Vaike-Kopu_(Puiatu)_vallavalitsus, lk 48
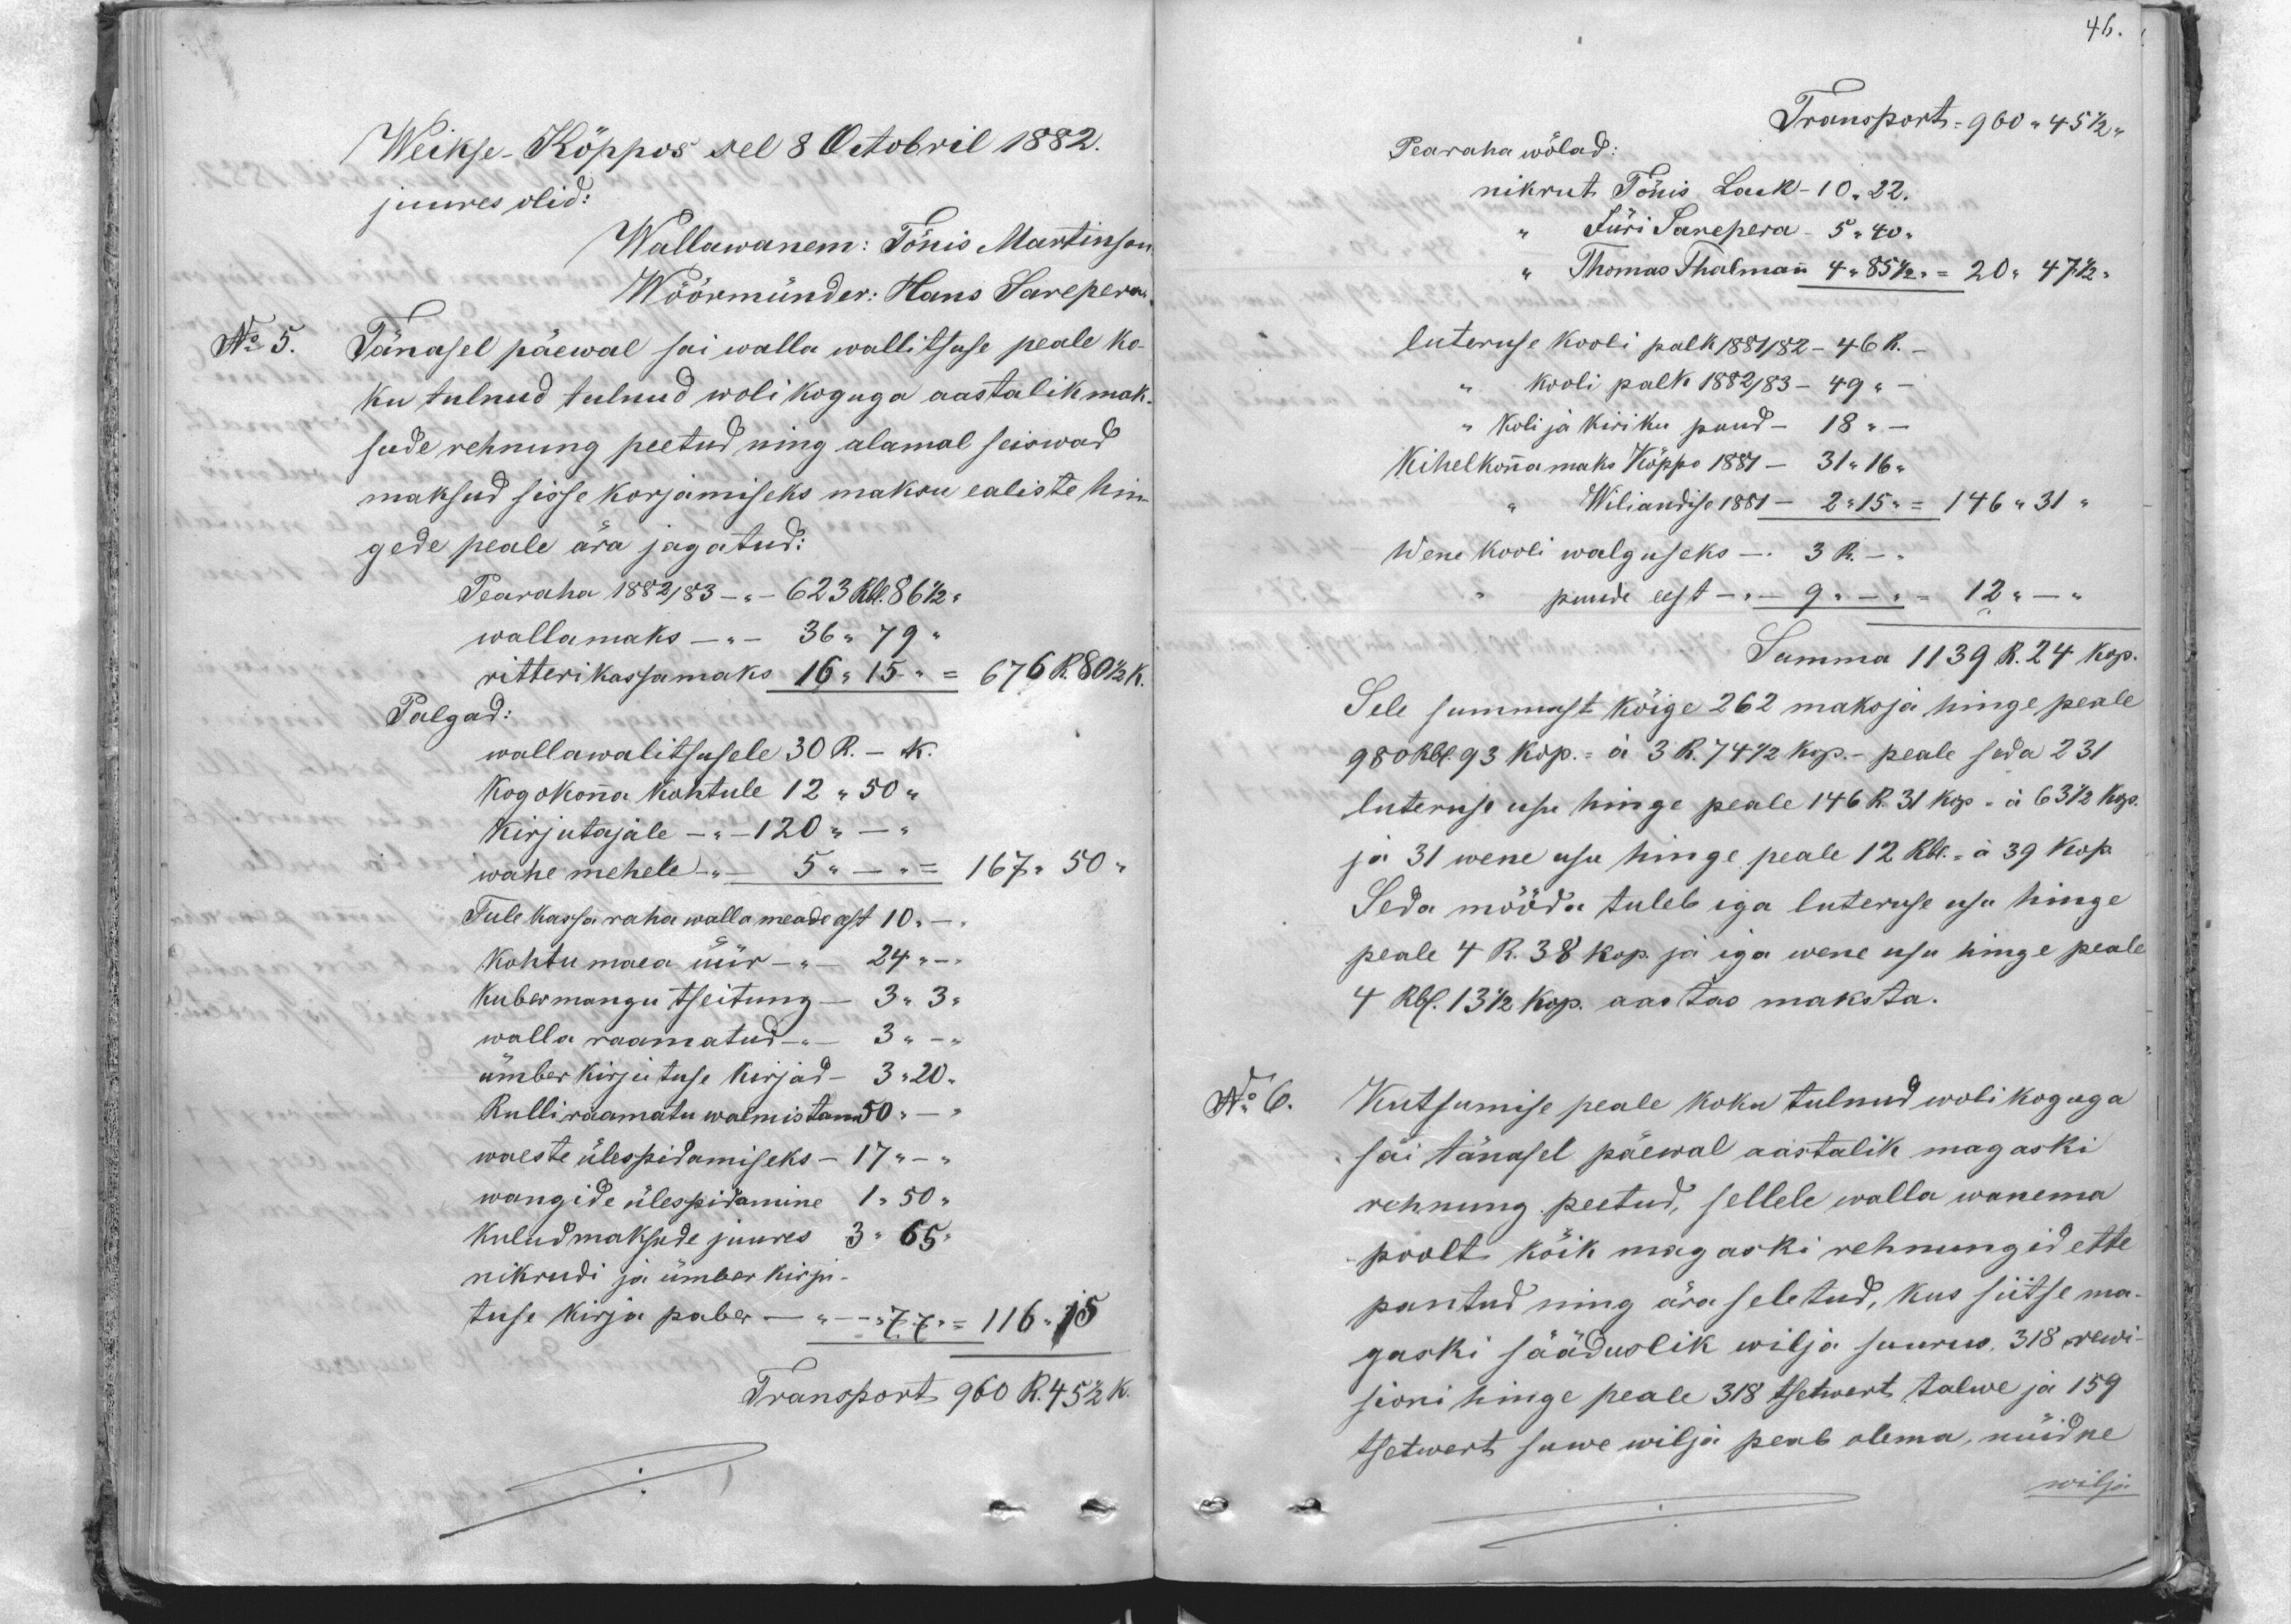
46.

Weikse-Köppos sel 8 Octobril 1882.
juures olid:
Wallawanem: Tönis Martinson
Wöörmünder: Hans Sarepera
No 5.
Tänasel päewal sai walla walitsuse peale ko-
ku tulnud tulnud wolikoguga aastalik mak-
sude rehnung peetud ning alamal seiswad
maksud sisse korjamiseks maksu ealiste hin-
gede peale ära jagatud:
Pearaha 1882/83 - 623 Rbl. 86 1/2 "
wallamaks - 36 " 79 "
ritteri kassamaks 16 " 15 " -- 676 R 80 1/2 k.
Palgad:
wallawalitsusele 30 R. - K.
Kogokonna kohtule 12 "  50 "
Kirjutajale -"- 120 " - "
wahe mehele - 5 " - "   167"50 "
Tule kassa raha walla meade eest 10.
kohtu maa üür - " 24 " "
Kubermangu tseitung - 3 " 3 "
walla raamatud - 3 " -
ümber kirjutuse kirjad - 3-20-
Rulliraamatu walmistam 50 "
waeste ülespidamiseks - 17 " - "
wangide ülespidamine 1 " 50 "
kulud maksude juures 3 " 65.
nikrudi ja ümber kirju-
tuse kirja paber - " 77  = 116.15
Transport 960 R. 45 1/2 k.

Transports: =960 " 45  1/2 "
Pearaha wölad:
nikrut Tõnis, Lack - 10 " 22.
Jüri Sarepera 5 " 40-
Thomas Thalmann 4 "  85 1/2 = 20 " 47 1/2
luteruse kooli palk 1881/82 - 46 k.
kooli palk 1882/83 - 49 "
Koli ja kiriku puud - 18 "
Kihelkonna maks Köppo 1884 - 31 " 16 "
Wiliandise 1881 - 2"15 " = 146 "31 "
Wene kooli walguseks - 3 R.
puude eest - " 9 - - 12 " - "
Summa 1139 R. 24 kop.
Sele summast kõige 262 maksja hinge peale
980 Rbl. 93 kop.- a 3 R. 74 1/2 kop. peale seda 231
luteruse usu hinge peale 146 R. 31 kop = a 63 1/2 kop.
ja 31 wene usu hinge peale 12 Rbl. =a 39 kop.
Seda mööda tuleb iga luteruse usu hinge
peale 4 R. 38 kop. ja iga wene usu hinge peale
4 Rbl. 13 1/2 kop. aastas maksta.
No 6.
Kutsumise peale koku tulnud woli koguga
sai tänasel päewal aastalik magaski
rehnung peetud, sellele walla wanema
poolt köik magaski rehnungid ette
pantud ning ära seletud, kus siitse ma
gaski sääduslik wilja suurus. 318 rewi
sioni hinge peale 318 tsetwert talwe ja 159
tsetwert suwe wilja peab olema, nüidne
wilja